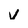
Character: v